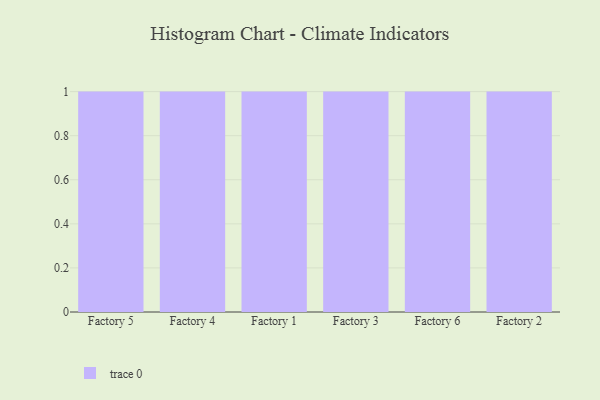
{"axis": {"x": "Factory", "y": "Production Output"}, "legend": [""], "data": [{"x": "Factory 5", "y": 61, "type": ""}, {"x": "Factory 4", "y": 58, "type": ""}, {"x": "Factory 1", "y": 27, "type": ""}, {"x": "Factory 3", "y": 4, "type": ""}, {"x": "Factory 6", "y": 44, "type": ""}, {"x": "Factory 2", "y": 81, "type": ""}]}